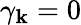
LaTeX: \gamma_{\textbf k}=0